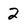
Character: 2